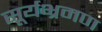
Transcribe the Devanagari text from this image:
सूर्यभ्रमण